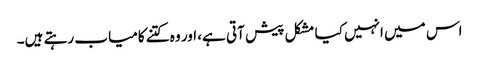
اس میں انہیں کیا مشکل پیش آتی ہے، اور وہ کتنے کامیاب رہتے ہیں۔